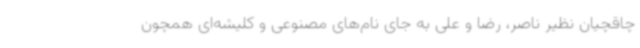
چاقچیان نظیر ناصر، رضا و علی به جای نام‌های مصنوعی و کلیشه‌ای همچون